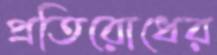
প্রতিরোধের